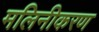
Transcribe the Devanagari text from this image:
मलिनीकरण